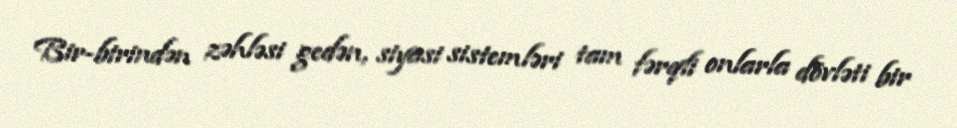
Bir-birindən zəhləsi gedən, siyasi sistemləri tam fərqli onlarla dövləti bir